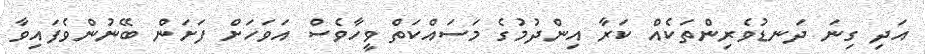
އަދި ގިނަ ދަނޑުވެރިންތަކެއް ކަރާ އިންދުމުގެ މަސައްކަތް ވީހާވެސް އަވަހަށް ފަށަން ބޭނުންވެފައިވާ